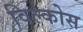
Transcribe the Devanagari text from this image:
विल्कोस